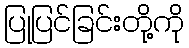
ပြုပြင်ခြင်းတို့ကို